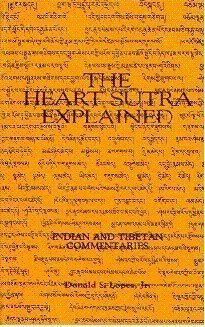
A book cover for The Heart Sutra Explained: Indian and Tibetan Commentaries; Donald S. Lopez; Religion & Spirituality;